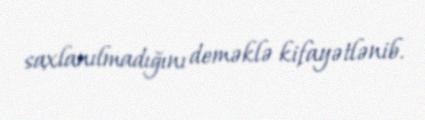
saxlanılmadığını deməklə kifayətlənib.